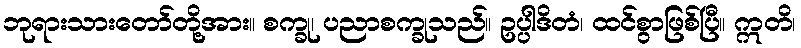
ဘုရားသားတော်တို့အား။ စက္ခု၊ ပညာစက္ခုသည်။ ဥပ္ပါဒိတံ၊ ထင်စွာဖြစ်ပြီ။ ဣတိ၊